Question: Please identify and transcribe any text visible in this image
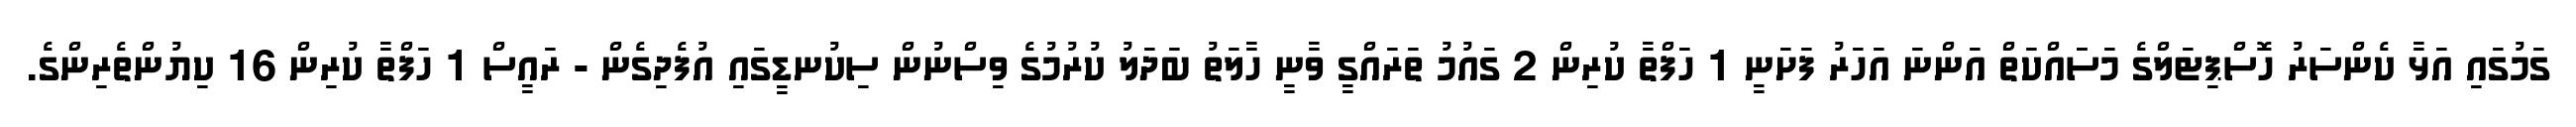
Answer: ގަމުގައި އަޅާ ކެންސަރު ހޮސްޕިޓަލްގެ މަސަައްކަތް އަންނަ އަހަރު ފަށަނީ 1 ހަފްތާ ކުރިން 2 ގައުމު ތަރައްގީ ވާނީ ހާލަތު ބަދަލު ކުރުމުގެ ވިސްނުން ސިކުނޑީގައި އުފެދިގެން - ރައީސް 1 ހަފްތާ ކުރިން 16 ކިޔުންތެރިންގެ.